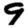
Digit: 9